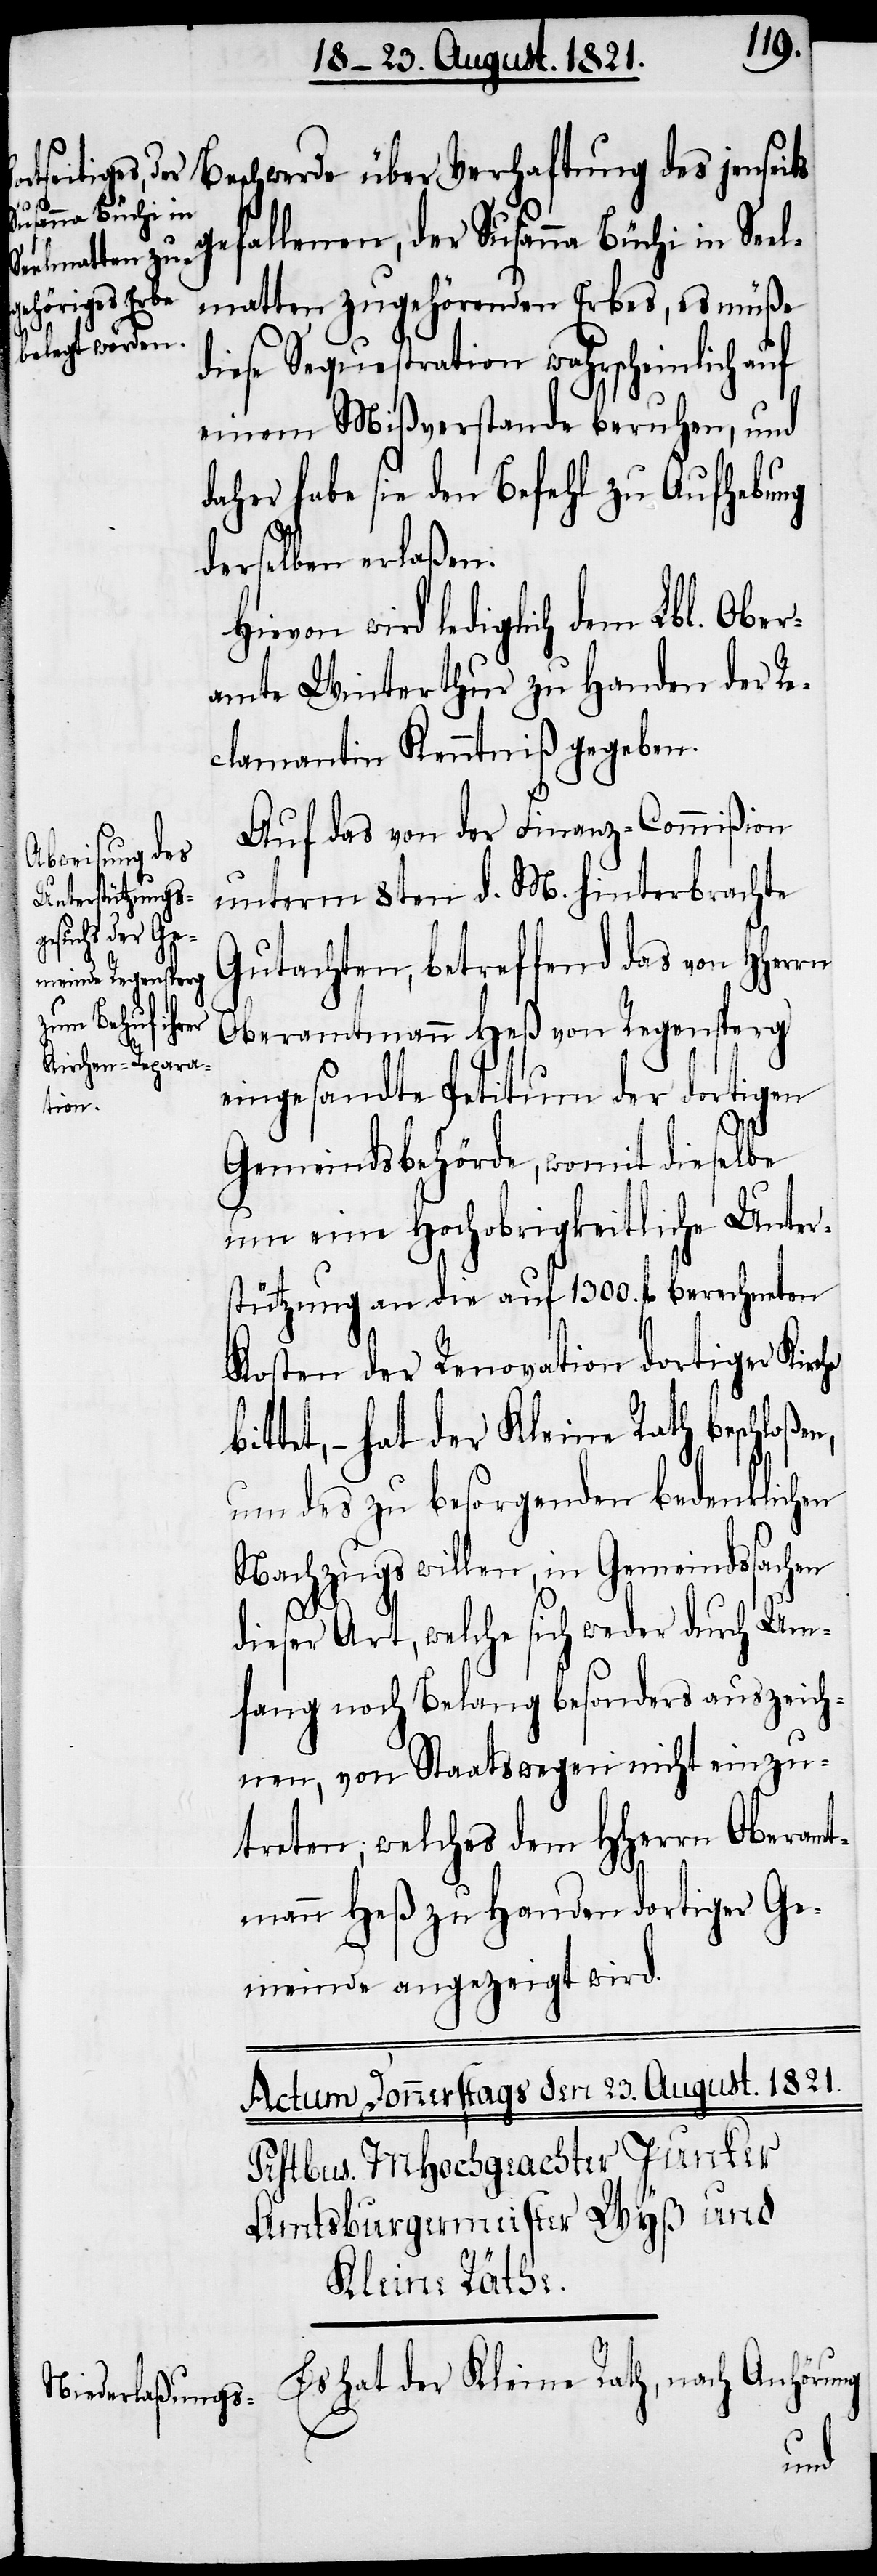
Beschwerde über Verhaftung des jenseits
gefallenen, der Susanna Büchi in Seel¬
matten zugehörenden Erbes, es müße
diese Sequestration wahrscheinlich auf
einem Mißverstande beruhen, und
daher habe sie den Befehl zu Aufhebung
derselben erlaßen.
wird lediglich dem Lbl. Ober¬
amte Winterthur zu Handen der Re¬
clamantin Kenntniß gegeben.
Auf das von der Finanz-Commißion
unterm 8ten d. M. hinterbrachte
Gutachten, betreffend das von HHer¬
Oberamtmann Heß von Regensberg
eingesandte Petitum der dortigen
tützu¬
Gemeindsbehörde, womit dieselbe
um eine Hochobrigkeitliche Unters¬
Kosten der Renovation dortiger Kirche
ttet, – hat der Kleine Rath beschloße¬
um des zu besorgenden bedenklichen
Nachzugs Willen, in Gemeindssachen
dieser Art, welche sich weder durch Um¬
fang noch Belang besonders auszeich¬
nen, von Staatswegen nicht einzu¬
treten, welches dem HHerrn Oberamt¬
mann Heß zu Handen dortiger Ge¬
meinde angezeigt wird.
Es hat der Kleine Rath, nach Anhörung
n,